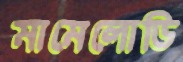
মামেলোডি